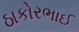
ઠાકોરભાઈ